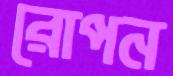
রোপন